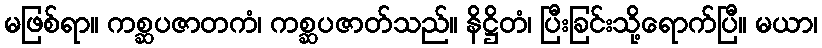
မဖြစ်ရာ။ ကစ္ဆပဇာတကံ၊ ကစ္ဆပဇာတ်သည်။ နိဋ္ဌိတံ၊ ပြီးခြင်းသို့ရောက်ပြီ။ မယာ၊